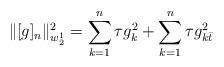
LaTeX: \begin{align*}\Vert[g]_n\Vert_{w_2^1}^2=\sum\limits_{k=1}^{n}\tau g_k^2+\sum\limits_{k=1}^n\tau g_{k\bar t}^2\end{align*}